Annual report of the Imperial Bacteriological Laboratory, Muktesar
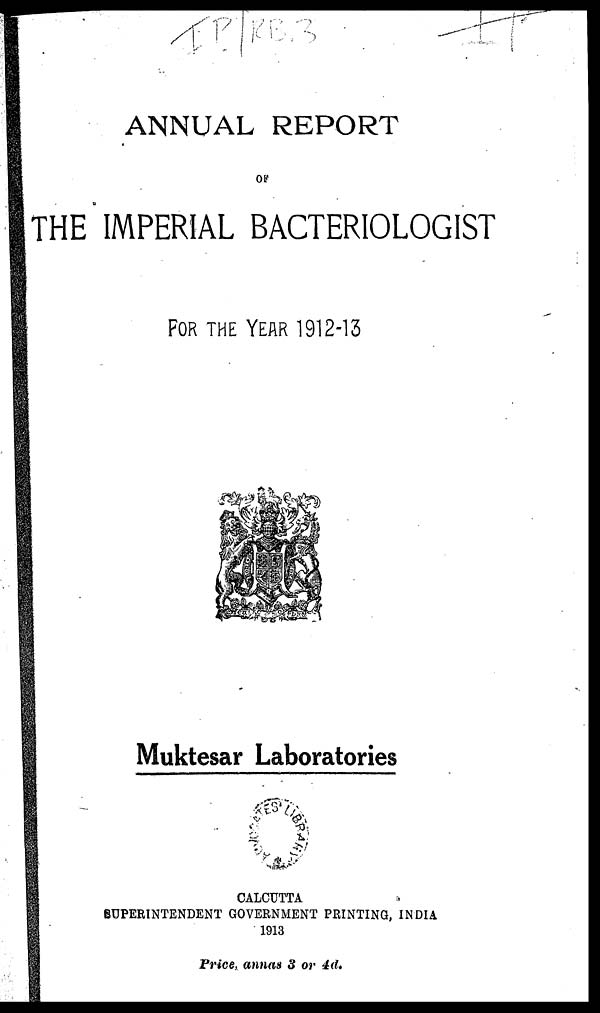
ANNUAL REPORT
OF
THE IMPERIAL BACTERIOLOGIST
FOR THE YEAR 1912-13
Muktesar Laboratories
CALCUTTA
SUPERINTENDENT GOVERNMENT PRINTING, INDIA
1913
Price, annas 3 or 4d.